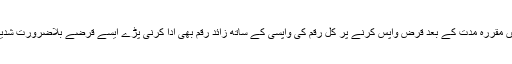
۳- وہ قرضے جن میں مقررہ مدت کے بعد قرض واپس کرنے پر کل رقم کی واپسی کے ساتھ زائد رقم بھی ادا کرنی پڑے ایسے قرضے بلاضرورت شدیدہ لینا جائز نہیں ہے۔